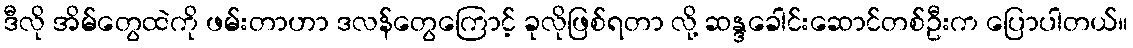
ဒီလို အိမ်တွေထဲကို ဖမ်းတာဟာ ဒလန်တွေကြောင့် ခုလိုဖြစ်ရတာ လို့ ဆန္ဒခေါင်းဆောင်တစ်ဦးက ပြောပါတယ်။